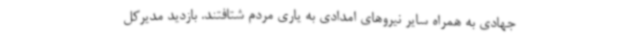
جهادی به همراه سایر نیروهای امدادی به یاری مردم شتافتند. بازدید مدیرکل